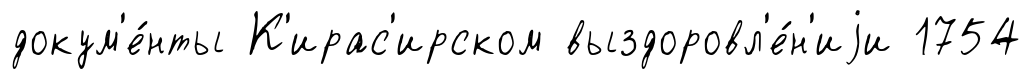
докум'е́нты К'ирас'ирском выздоровл'е́н'иjи 1754